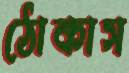
ঠোকাস